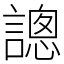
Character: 謥